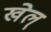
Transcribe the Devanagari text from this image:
खेल्